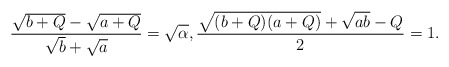
\begin{align*}\frac{\sqrt{b+Q}-\sqrt{a+Q}}{\sqrt{b}+\sqrt{a}}=\sqrt{\alpha},\frac{\sqrt{(b+Q)(a+Q)}+\sqrt{a b}-Q}{2}=1.\end{align*}